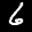
Label: 6